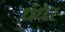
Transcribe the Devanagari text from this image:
धंधेर